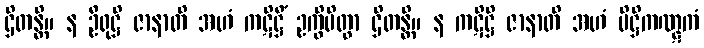
ဌိတန္တိ။ န ဦရုဋ္ဌိ ဇာနာတိ အဟံ ကဋိဋ္ဌိံ ဥက္ခိပိတွာ ဌိတန္တိ။ န ကဋိဋ္ဌိ ဇာနာတိ အဟံ ပိဋ္ဌိကဏ္ဋကံ